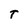
Character: t